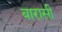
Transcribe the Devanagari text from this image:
बारासी